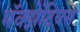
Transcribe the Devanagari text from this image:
मॅक्झेंटियस